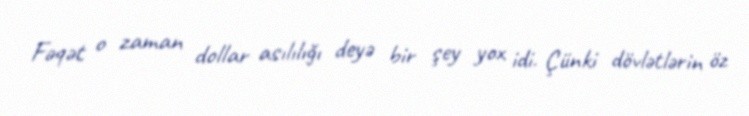
Fəqət o zaman dollar asılılığı deyə bir şey yox idi. Çünki dövlətlərin öz